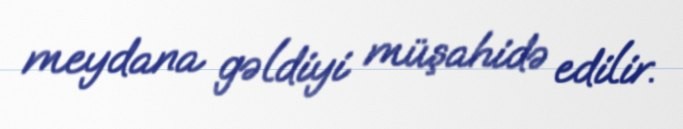
meydana gəldiyi müşahidə edilir.